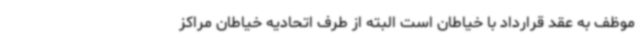
موظف به عقد قرارداد با خیاطان است البته از طرف اتحادیه خیاطان مراکز